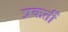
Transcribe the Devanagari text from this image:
प्रकर्ती